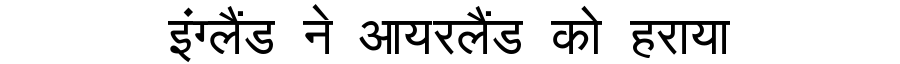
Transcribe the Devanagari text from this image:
इंग्लैंड ने आयरलैंड को हराया